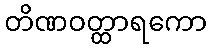
တိဏဝတ္ထာရကော